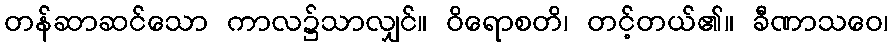
တန်ဆာဆင်သော ကာလ၌သာလျှင်။ ဝိရောစတိ၊ တင့်တယ်၏။ ခီဏာသဝေ၊